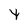
Character: 4